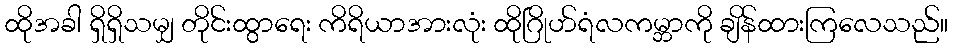
ထိုအခါ ရှိရှိသမျှ တိုင်းထွာရေး ကိရိယာအားလုံး ထိုဂြိုဟ်ရံလကမ္ဘာကို ချိန်ထားကြလေသည်။